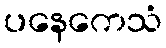
ပနေကေသံ